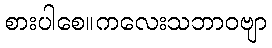
စားပါစေ။ကလေးသဘာဝဗျာ